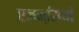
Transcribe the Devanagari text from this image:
एजन्सियाँ